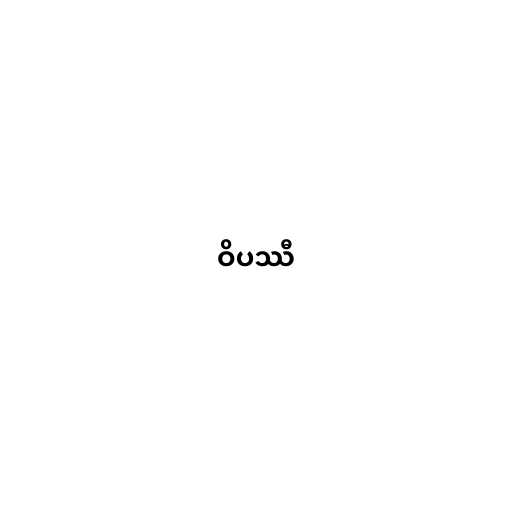
ဝိပဿီ